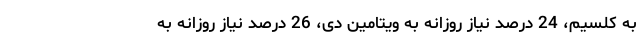
به کلسیم، 24 درصد نیاز روزانه به ویتامین دی، 26 درصد نیاز روزانه به